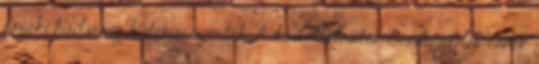
északi hadsereg katonái nyerték. A hadi tudósítók beszámolnak ennek